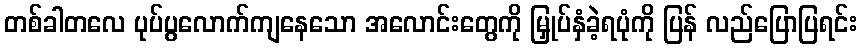
တစ်ခါတလေ ပုပ်ပွလောက်ကျနေသော အလောင်းတွေကို မြှုပ်နှံခဲ့ရပုံကို ပြန် လည်ပြောပြရင်း